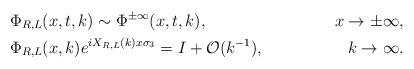
LaTeX: \begin{align*} &\Phi_{R,L}(x,t,k)\sim\Phi^{\pm\infty}(x,t,k), &x\rightarrow \pm\infty, \\ &\Phi_{R,L}(x,k)e^{iX_{R,L}(k)x\sigma_3}=I+\mathcal{O}(k^{-1}), &k\rightarrow\infty. \end{align*}